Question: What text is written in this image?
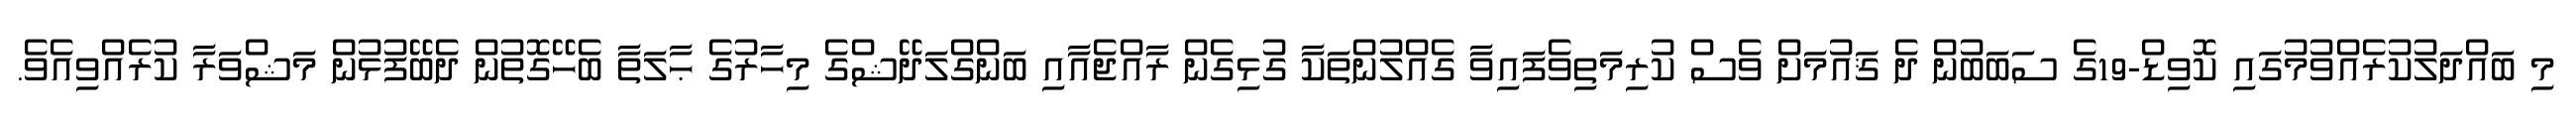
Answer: މި ބައްދަލުކުރެއްވުމުގައި ކޮވިޑް-19ގެ ސަބަބުން ދެ ޤައުމަށް ވެސް ކުރިމަތިވެފައިވާ ގެއްލުންތަކާ ގުޅިގެން ރާއްޖެއާއި ބަންގްލަދޭޝްގެ މިހާރުގެ ޙާލަތާ ބެހޭގޮތުން ދެބޭފުޅުން މަޝްވަރާ ކުރެއްވިއެވެ.